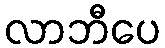
လာဘီပေ